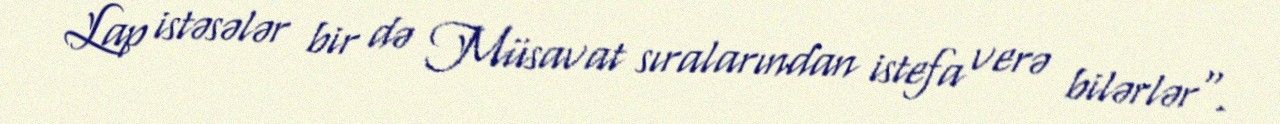
Lap istəsələr bir də Müsavat sıralarından istefa verə bilərlər".